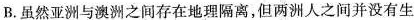
B.虽然亚洲与澳洲之间存在地理隔离，但两洲人之间并没有生